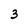
Character: 3